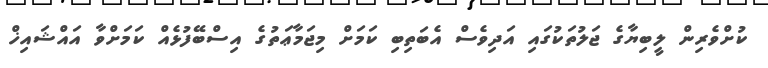
ކުށްވެރިން ލީބިޔާގެ ޖަލުތަކުގައި އަދިވެސް އެބަތިބި ކަމަށް މިޖަމާޢަތުގެ އިސްބޭފުޅެއް ކަމަށްވާ އައްޝައިޚް